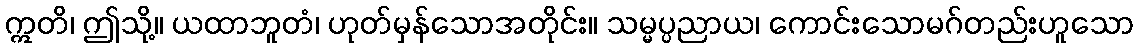
ဣတိ၊ ဤသို့။ ယထာဘူတံ၊ ဟုတ်မှန်သောအတိုင်း။ သမ္မပ္ပညာယ၊ ကောင်းသောမဂ်တည်းဟူသော